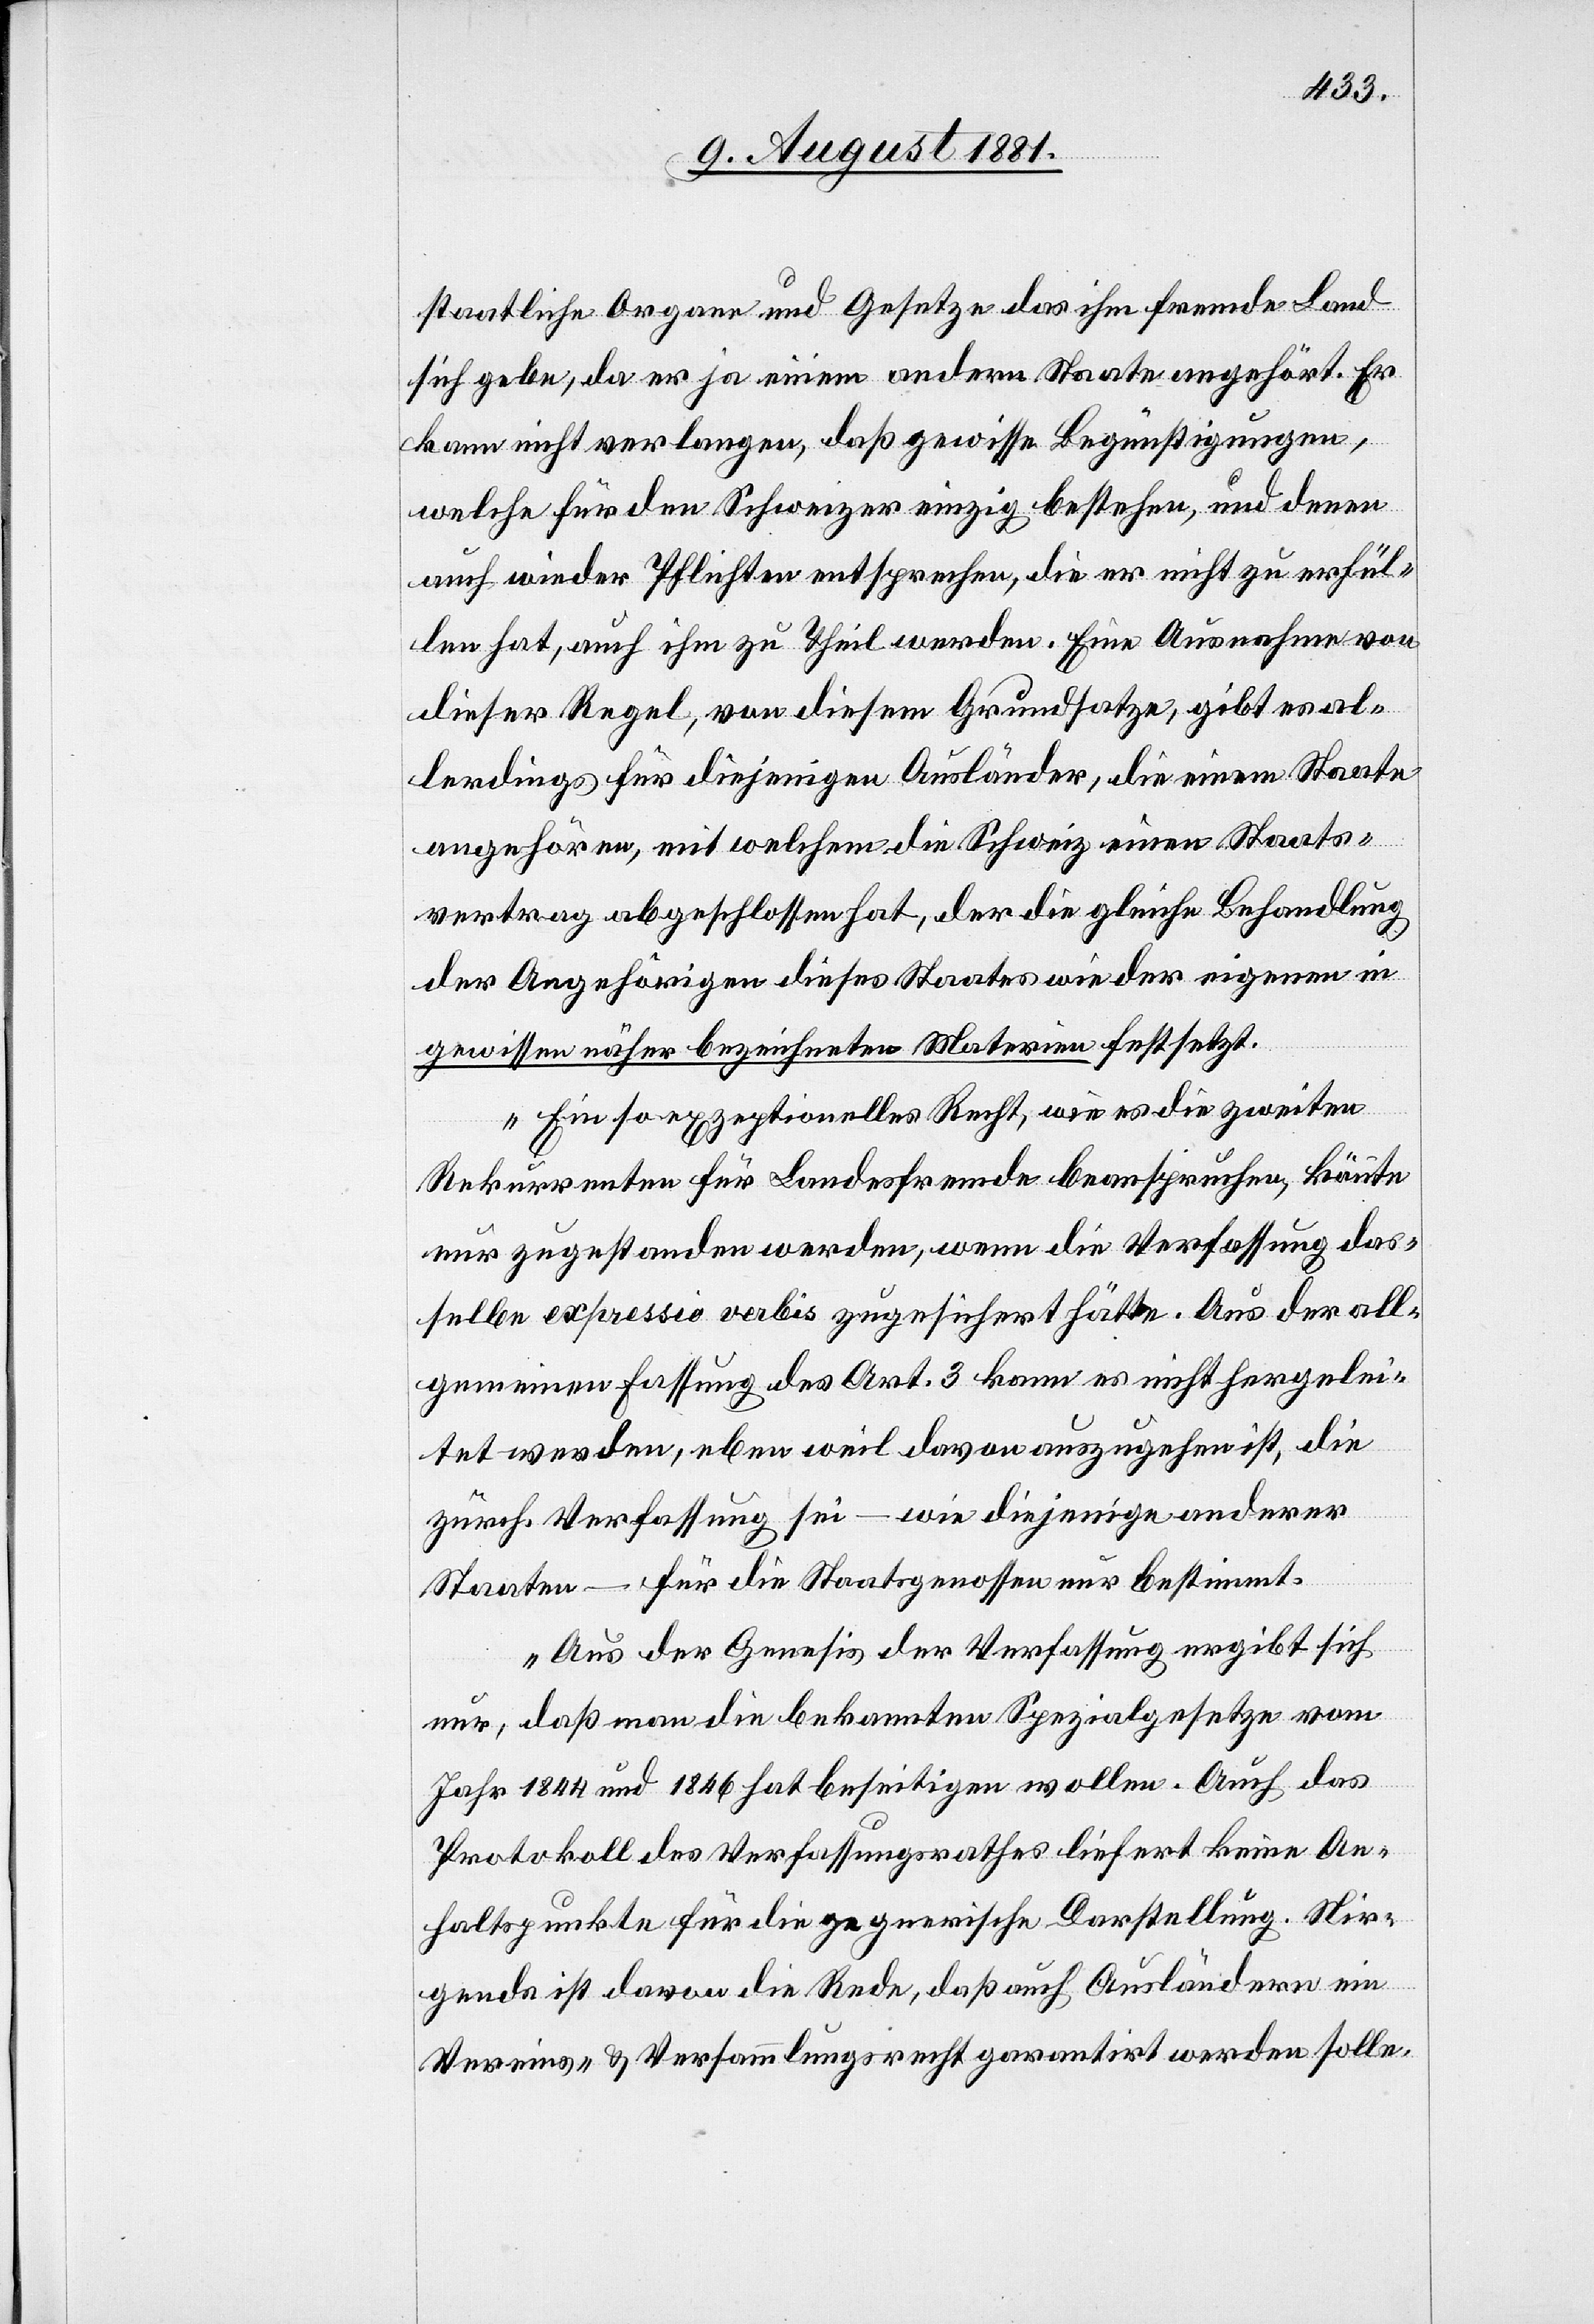
staatliche Organe und Gesetze das ihm fremde Land
sich gebe, da er ja einem andern Staate angehört. Er
kann nicht verlangen, daß gewisse Begünstigungen,
welche für den Schweizer einzig bestehen, und denen
auch wieder Pflichten entsprechen, die er nicht zu erfül¬
len hat, auch ihm zu Theil werden. Eine Ausnahme von
dieser Regel, von diesem Grundsatze, gibt es al¬
lerdings für diejenigen Ausländer, die einem Staate
angehören, mit welchem die Schweiz einen Staats¬
vertrag abgeschlossen hat, der die gleiche Behandlung
der Angehörigen dieses Staates wie der eigenen in
gewissen näher bezeichneten Materien festsetzt.
Ein so exzeptionelles Recht, wie es die zweiten
Rekurrenten für Landesfremde beanspruchen, könnte
nur zugestanden werden, wenn die Verfassung das¬
selbe expressio verbis zugesichert hätte. Aus der all¬
gemeinen Fassung des Art. 3 kann es nicht hergelei¬
tet werden, eben weil davon auszugehen ist, die
zürch. Verfassung sei – wie diejenige anderer
Staaten – für die Staatsgenossen nur bestimmt.
Aus der Genesis der Verfassung ergibt sich
nur, daß man die bekannten Spezialgesetze vom
Jahr 1844 und 1846 hat beseitigen wollen. Auch das
Protokoll des Verfassungsrathes liefert keine An¬
haltspunkte für die gegnerische Darstellung. Nir¬
gends ist davon die Rede, daß auch Ausländern ein
Vereins- & Versammlungsrecht garantirt werden solle.